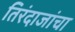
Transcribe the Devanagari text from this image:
तिरंदाजांचा